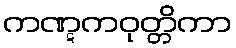
ကဏ္ဋကဝုတ္တိကာ